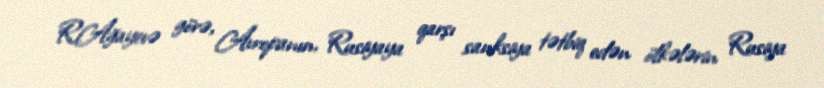
R.Ağayevə görə, Avropanın, Rusiyaya qarşı sanksiya tətbiq edən ölkələrin Rusiya